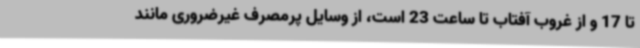
تا 17 و از غروب آفتاب تا ساعت 23 است، از وسایل پرمصرف غیرضروری مانند